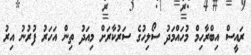
ރައީސް އިބްރާހިމް މުހައްމަދު ސޯލިހުގެ ސަރުކާރަށް މިއަދު ތިން އަހަރު ފުރުނު އިރު